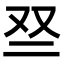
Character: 𫡱